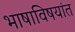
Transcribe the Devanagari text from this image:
भाषाविषयांत